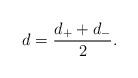
LaTeX: \begin{align*}d=\frac{d_++d_-}{2}.\end{align*}